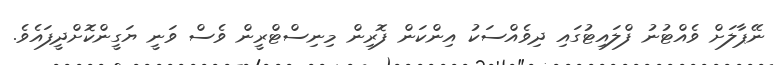
ނޭޕާލަށް ވެއްޓުނު ފްލައިޓުގައި ދިވެއްސަކު އިންކަން ފޮރިން މިނިސްޓްރީން ވެސް ވަނީ ޔަގީންކޮށްދީފައެވެ.